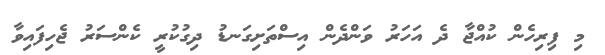
މި ފިރިހެން ކުއްޖާ ދެ އަހަރު ވަންދެން އިސްތަށިގަނޑު ދިގުކުރީ ކެންސަރު ޖެހިފައިވާ